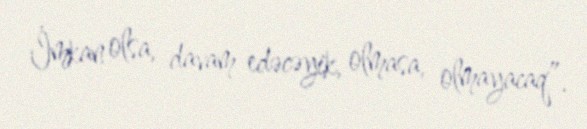
İmkan olsa, davam edəcəyik, olmasa, olmayacaq”.